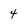
Character: 4